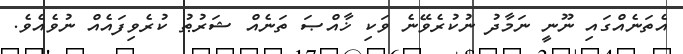
އެތަނެއްގައި ނޫނީ ނަމާދު ނުކުރެވޭނެ ވަކި ޚާއްޞަ ތަނެއް ޝަރުޠު ކުރެވިފައެއް ނުވެއެވެ.